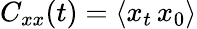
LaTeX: C_{xx}(t)=\langle x_{t}\, x_{0}\rangle